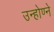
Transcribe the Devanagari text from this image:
उन्होण्ने